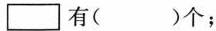
▭有( )个;